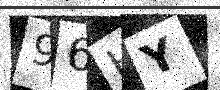
Text: 96HY